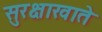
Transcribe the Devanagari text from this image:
सुरक्षाखाते